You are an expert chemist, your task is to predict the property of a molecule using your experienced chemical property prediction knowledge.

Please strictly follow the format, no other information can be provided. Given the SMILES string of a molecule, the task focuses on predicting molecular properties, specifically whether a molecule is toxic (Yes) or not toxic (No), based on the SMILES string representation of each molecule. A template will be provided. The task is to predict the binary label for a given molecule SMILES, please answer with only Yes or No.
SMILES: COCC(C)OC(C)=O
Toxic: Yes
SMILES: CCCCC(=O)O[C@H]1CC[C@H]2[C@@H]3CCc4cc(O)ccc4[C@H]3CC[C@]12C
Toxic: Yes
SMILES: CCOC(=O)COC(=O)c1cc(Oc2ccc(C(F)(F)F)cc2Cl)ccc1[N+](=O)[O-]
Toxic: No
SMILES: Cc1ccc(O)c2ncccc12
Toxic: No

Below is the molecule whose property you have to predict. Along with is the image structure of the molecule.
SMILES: CI.CN1[C@H]2CC[C@@H]1CC(OC(=O)c1c[nH]c3ccccc13)C2
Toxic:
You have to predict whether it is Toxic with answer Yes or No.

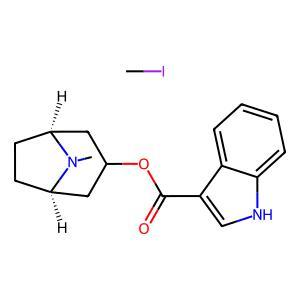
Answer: No